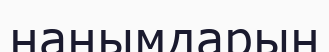
нанымдарын